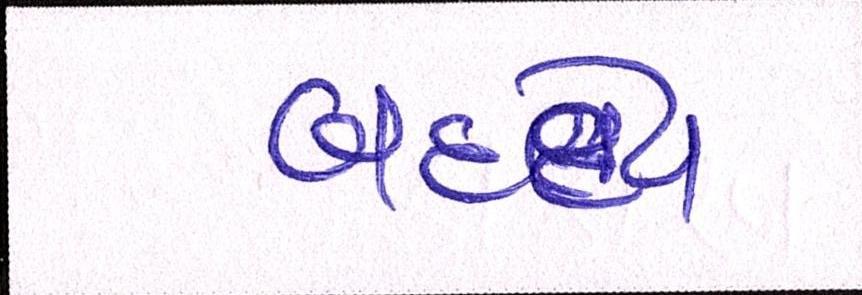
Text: બલદેવ